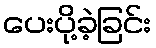
ပေးပို့ခဲ့ခြင်း